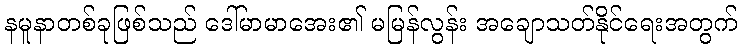
နမူနာတစ်ခုဖြစ်သည် ဒေါ်မာမာအေး၏ မမြန်လွန်း အချောသတ်နိုင်ရေးအတွက်